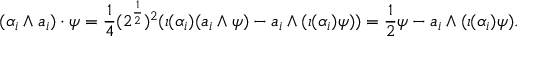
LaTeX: ( \alpha _ { i } \wedge a _ { i } ) \cdot \psi = { \frac { 1 } { 4 } } ( 2 ^ { \frac { 1 } { 2 } } ) ^ { 2 } ( \iota ( \alpha _ { i } ) ( a _ { i } \wedge \psi ) - a _ { i } \wedge ( \iota ( \alpha _ { i } ) \psi ) ) = { \frac { 1 } { 2 } } \psi - a _ { i } \wedge ( \iota ( \alpha _ { i } ) \psi ) .